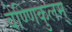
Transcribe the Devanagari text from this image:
वेण्णिकुलम्